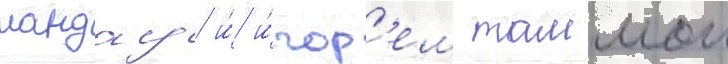
ландау и́ и́гор'ем таммом